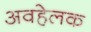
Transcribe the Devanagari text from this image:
अवहेलक